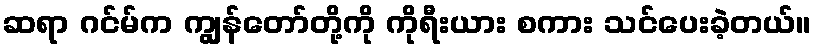
ဆရာ ဂင်မ်က ကျွန်တော်တို့ကို ကိုရီးယား စကား သင်ပေးခဲ့တယ်။